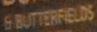
6 BUTTERFIELDS